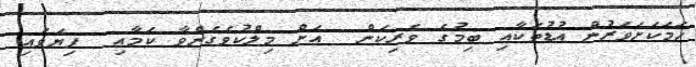
ހަމަކަށަވަރުން އުޑުތަކާއި ބިމުގެ ވެރިކަން  އަށް މިލްކުވެގެންވާ ކަމާއި  ފިޔަވައި